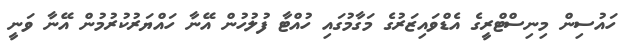
ހައުސިން މިނިސްޓްރީގެ އެޑްވައިޒަރުގެ މަގާމުގައި ހުއްޓާ ފުލުހުން އޭނާ ހައްޔަރުކުރުމުން އޭނާ ވަނީ